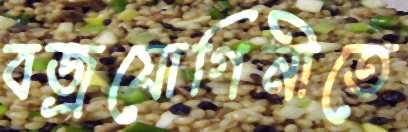
বজ্রযোগিনীতে